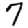
Digit: 7